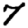
Digit: 7